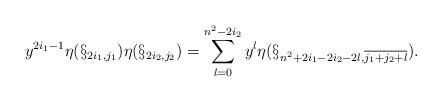
LaTeX: \begin{align*}y^{2i_{1}-1}\eta(\S_{2i_{1},j_{1}})\eta(\S_{2i_{2},j_{2}})=\sum_{l=0}^{n^2-2i_{2}}y^{l}\eta(\S_{n^{2}+2i_{1}-2i_{2}-2l,\overline{j_{1}+j_{2}+l}}).\end{align*}